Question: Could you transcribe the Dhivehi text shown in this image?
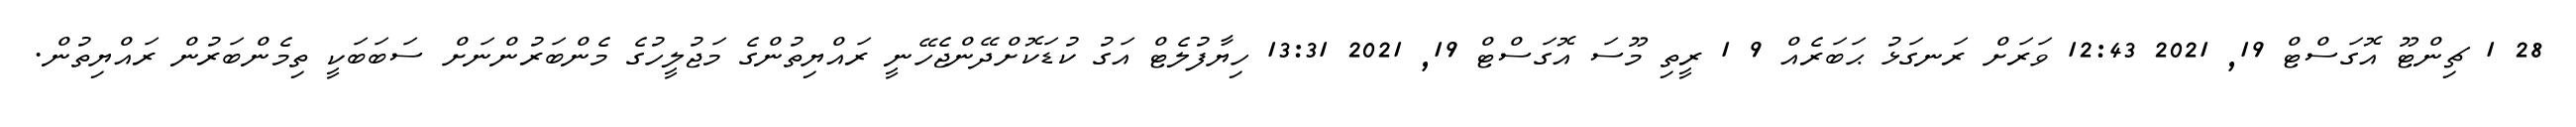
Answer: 28 1 ޗިންޓޫ އޮގަސްޓް 19, 2021 12:43 ވަރަށް ރަނގަޅު ޙަބަރެއް 9 1 ރީތި މޫސަ އޮގަސްޓް 19, 2021 13:31 ހިޔާފުލެޓް އަގު ކުޑަކޮށްދޭންޖެހޭނީ ރައްޔިތުންގެ މަޖުލީހުގެ މެންބަރުންނަށް ސަބަބަކީ ތިމެންބަރުން ރައްޔިތުން.